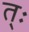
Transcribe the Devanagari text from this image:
त्ः